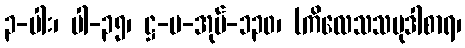
၃-ပါး၊ ပါ-၃၅၊ ဋ္ဌ-ပ-အုပ်-၁၃၀၊ (ကိလေသသမုဒါစာရ၊